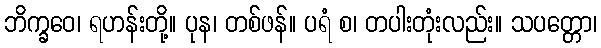
ဘိက္ခဝေ၊ ရဟန်းတို့။ ပုန၊ တစ်ဖန်။ ပရံ စ၊ တပါးတုံးလည်း။ သပတ္တော၊